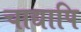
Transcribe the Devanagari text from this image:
चाद्यापि